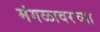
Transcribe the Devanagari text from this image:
मंगळावरच्या